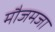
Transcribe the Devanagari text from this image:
मौजमजा